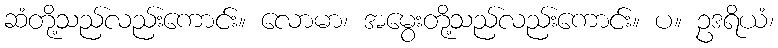
ဆံတို့သည်လည်းကောင်း။ လောမာ၊ အမွေးတို့သည်လည်းကောင်း။ ပ။ ဥဒရိယံ၊